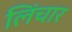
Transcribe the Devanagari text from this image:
लिंचार